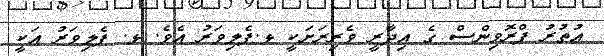
އުތުރު ޕްރޮވިންސް ގެ އިދާރީ ވެރިރަށަކީ ޅ.ފެލިވަރު އެވެ. ޅ. ފެލިވަރު އަކީ